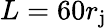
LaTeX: L=60r_{\mathrm{j}}